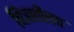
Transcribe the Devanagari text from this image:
चित्रातीलच